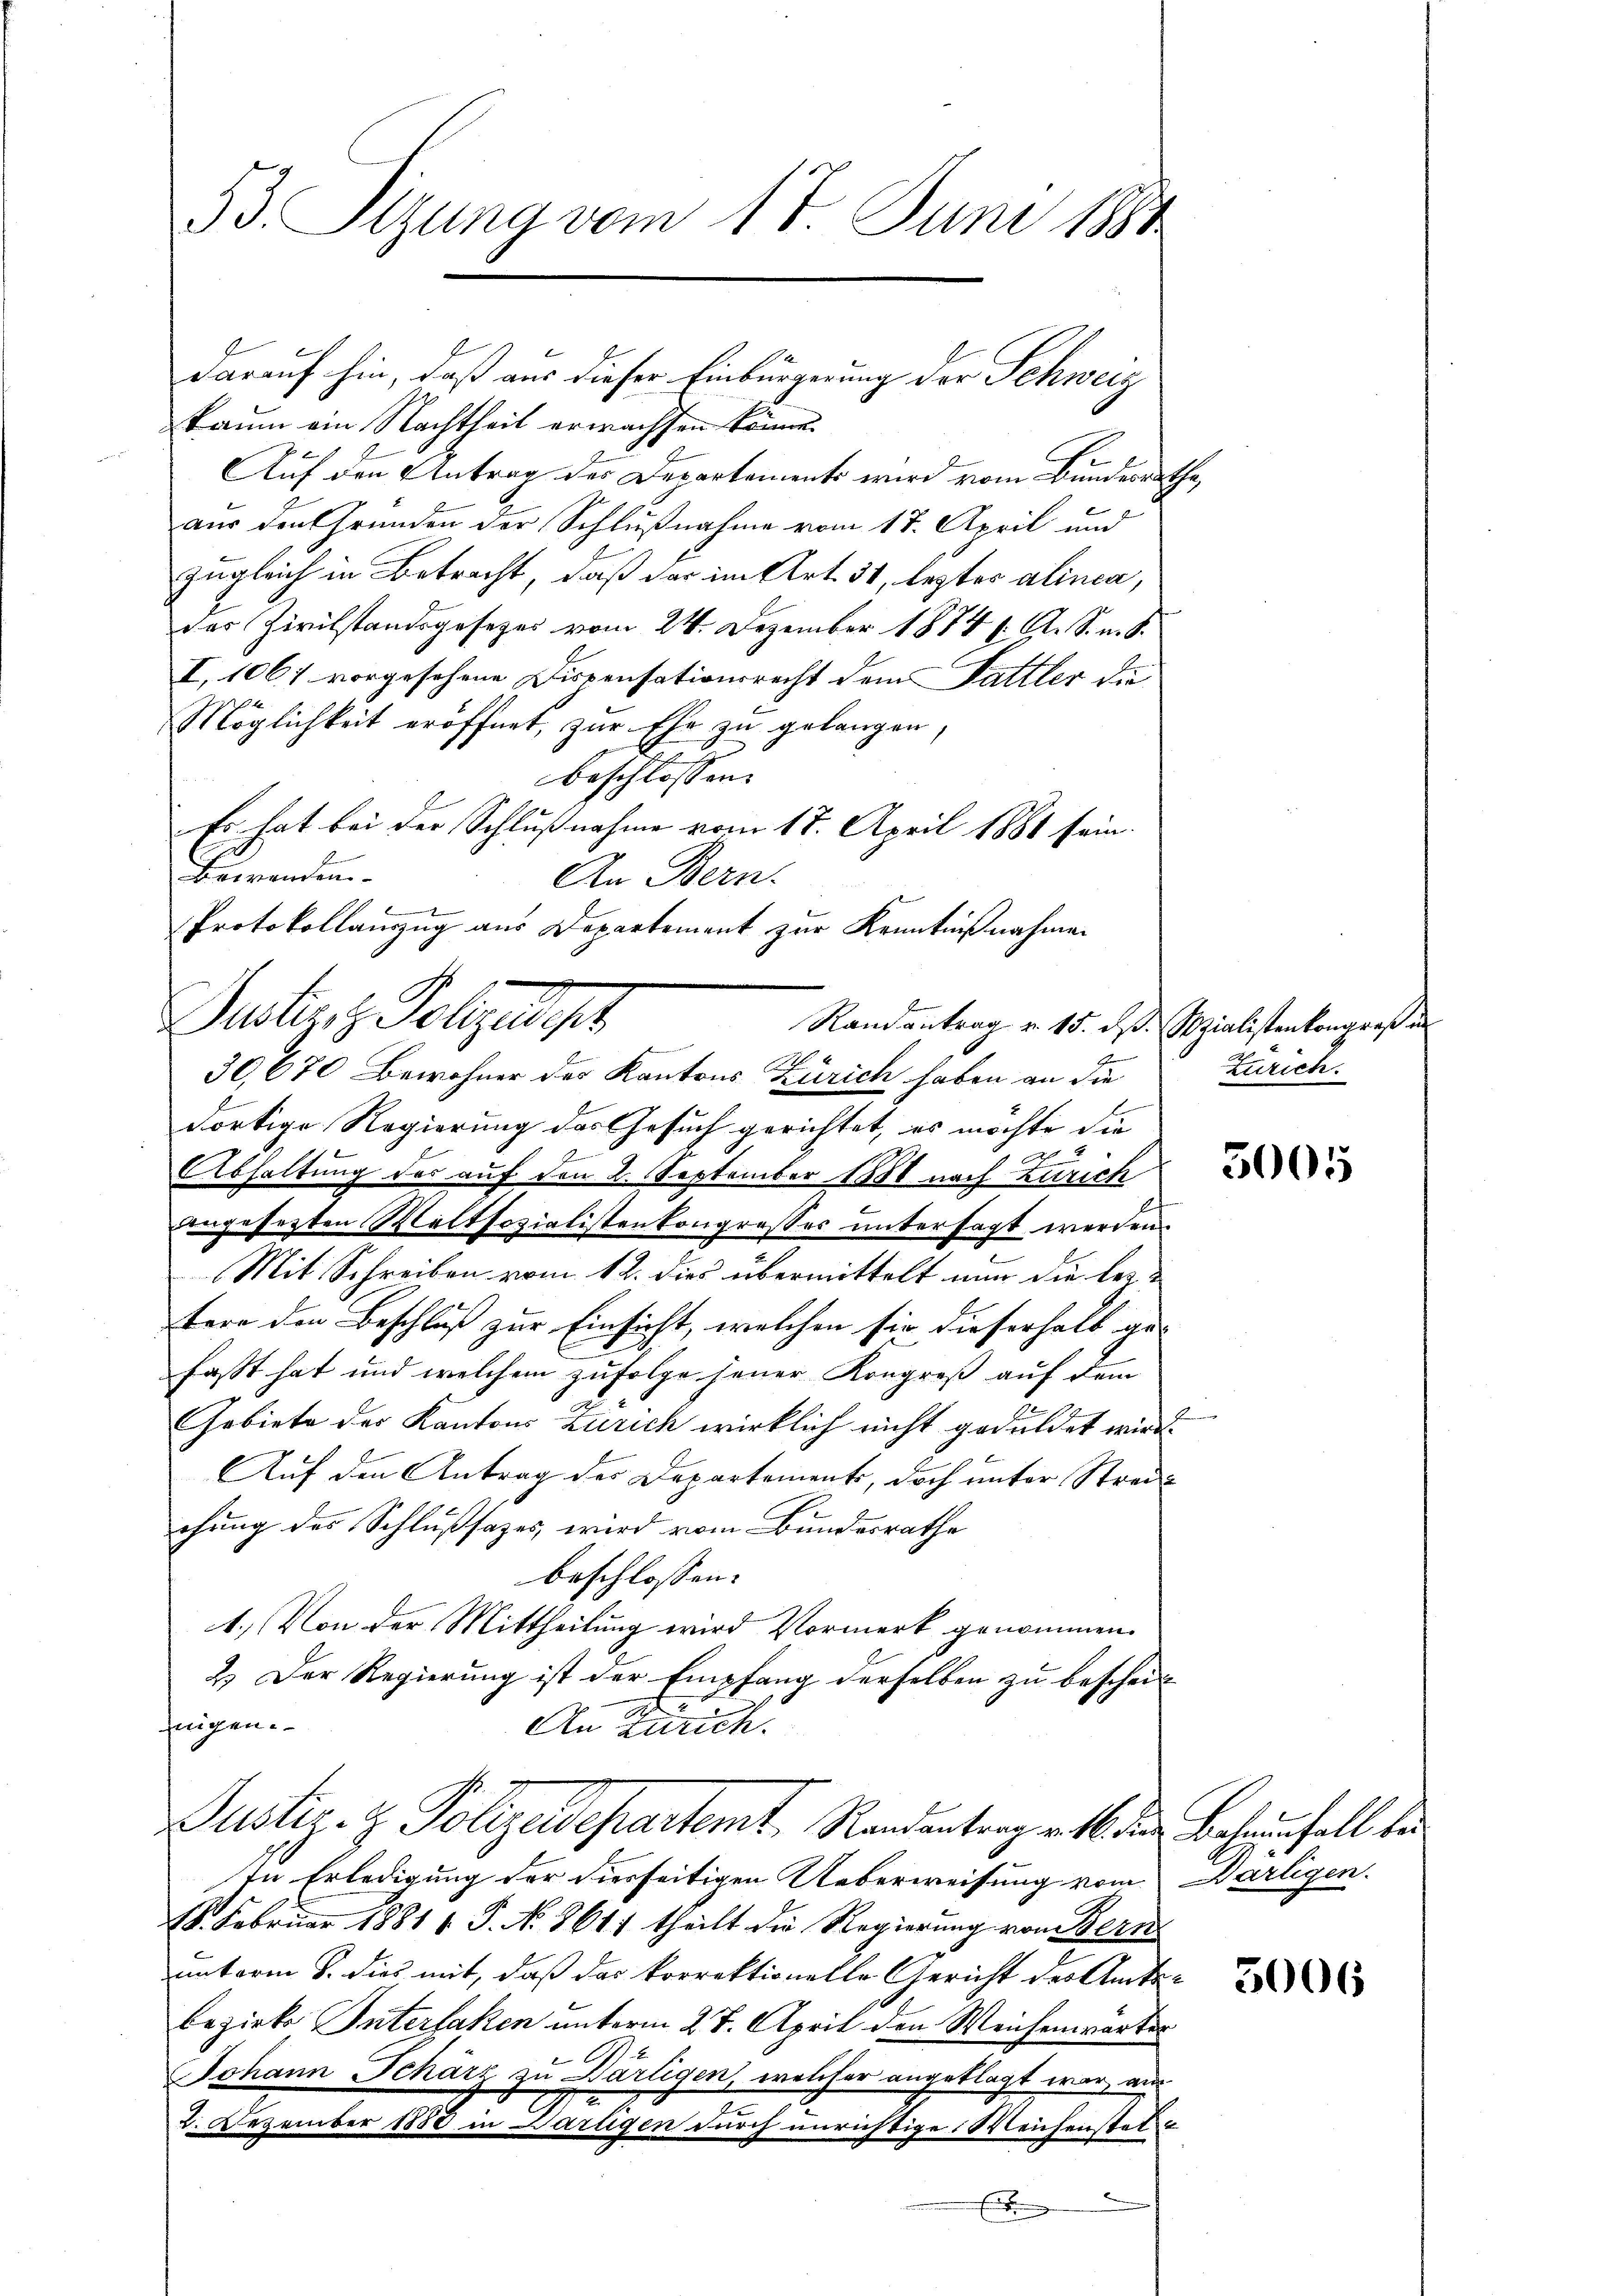
B. Sizung vom 17. Juni 184

darauf hin, daß aus dieser Einbürgerung der Schweiz
kaum ein Nachtheil erwachsen könne.
Auf den Antrag des Departements wird vom Bunderrat
aus den Gründen der Schlußnahme vom 17. April und
zugleich in Betracht, daß das im Art. 31, leztes alinea,
des Zivilstandsgesetzes vom 24. Dezember 18841. A. S. m. S.
I, 1061 vorgesehene Dispensationsrecht dem Fattler die
Möglichkeit eröffnet, zur Ehe zu gelangen,
beschlossen:
Es hat bei der Schlußnahme vom 18. April 1881 sein.
Bewenden.
An Bern.
Protokollauszug aus Departement zur Kenntnißnahmen
A
30670 Bewohner des Kantons Zürich haben an die
dortige Regierung des Gesuch gerichtet, es möchte die
Abhaltung der auf den 2. September 1888 nach Zürich
angesetzten Maltsozialistenkongresses untersagt werden.
Mit Schreiben vom 12. dies übermittelt nun die beitere den Beschluß zur Einsicht, welchen sie dieserhalb ge-
fasst hat und welchem zufolge jener Kongreß auf dem
Gebiete des Kantons Zürich wirklich nicht geduldet wird.
Auf den Antrag der Departement, doch unter Streichung des Schlußfazes, wird vom Bundesrathe
beschlossen:
1.) Von der Mittheilung wird Vormerk genommen.
2.) Der Regierung ist der Empfang derselben zu bescheifiigen.
An Zürich.
Justiz- & Polizeidepartemt, Randantrag mit der Behaunfall der
In Erledigung der diesseitigen Ueberweisung vom Wartigen.
18. Februar 1881 f. P. No. 8617 theilt die Regierung von Bern
unterm 8. dies mit, daß das korrektionelle Gericht des Amtsbezirke Interlaken unterm 27. April den Weichenwarter

Johann Schärz zu Bärligen, welcher angeklagt war, aus
2. Dezember 1888 in Partigen durch unrichtige Weichenstet
2
Einberg

Seitern, Gelegt,
Randantrag v. 15. ds. Sozialistenkongreß in

4
n

Zürich.

.

5005

5006